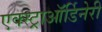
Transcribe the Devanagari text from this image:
एक्स्ट्राऑर्डिनेरी